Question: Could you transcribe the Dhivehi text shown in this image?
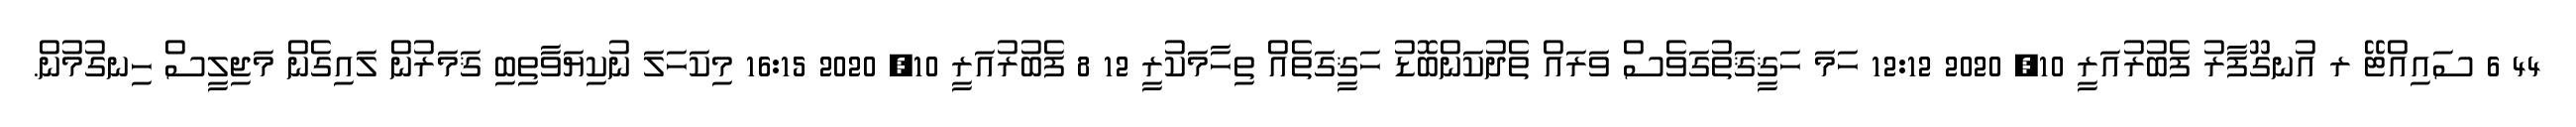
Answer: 44 6 ސައިއްޓޭ ރ އުނގޫފާރު ފެބުރުއަރީ 10, 2020 12:12 ހަމަ ހަޤީޤަތުގަވެސް ވަރައް ތެދުކަންބޮޑު ހަޤީގަތެއް ތިހާމަކުރީ 12 8 ފެބުރުއަރީ 10, 2020 16:15 މިކަހަލަ ނުކިޔަވާތިބި ޤަމަރުން ލައިގެން މަޖިލީސް ހިނގުމުން.